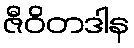
ဇီဝိတဒါန